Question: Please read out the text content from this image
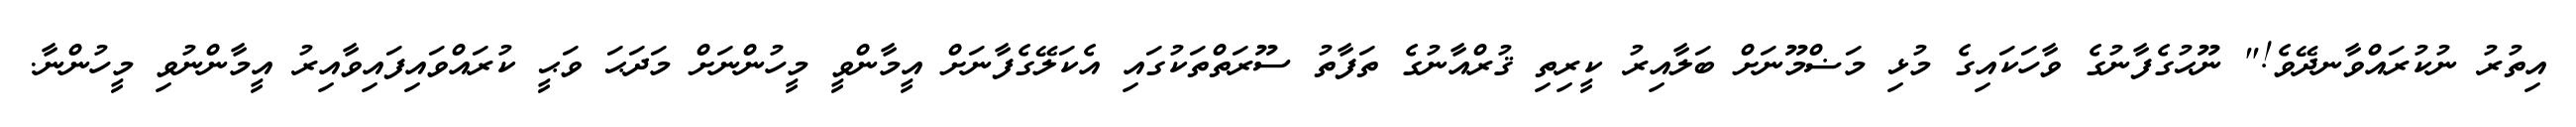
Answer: އިތުރު ނުކުރައްވާނދޭވެ!" ނޫޙުގެފާނުގެ ވާހަކައިގެ މުޅި މަޟްމޫނަށް ބަލާއިރު ކީރިތި ޤުރްއާނުގެ ތަފާތު ސޫރަތްތަކުގައި އެކަލޭގެފާނަށް އީމާންވީ މީހުންނަށް މަދަޙަ ވަޙީ ކުރައްވައިފައިވާއިރު އީމާންނުވި މީހުންނާ.